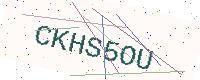
Text: CKHS5OU